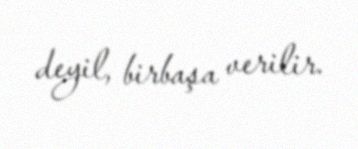
deyil, birbaşa verilir.